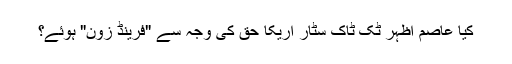
کیا عاصم اظہر ٹک ٹاک سٹار اریکا حق کی وجہ سے "فرینڈ زون" ہوئے؟